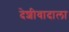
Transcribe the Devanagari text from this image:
देशीवादाला